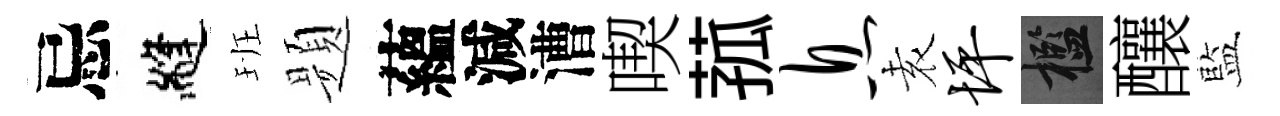
忌縫班题蘊減漕喫菰息𡊮坪檻釀藍